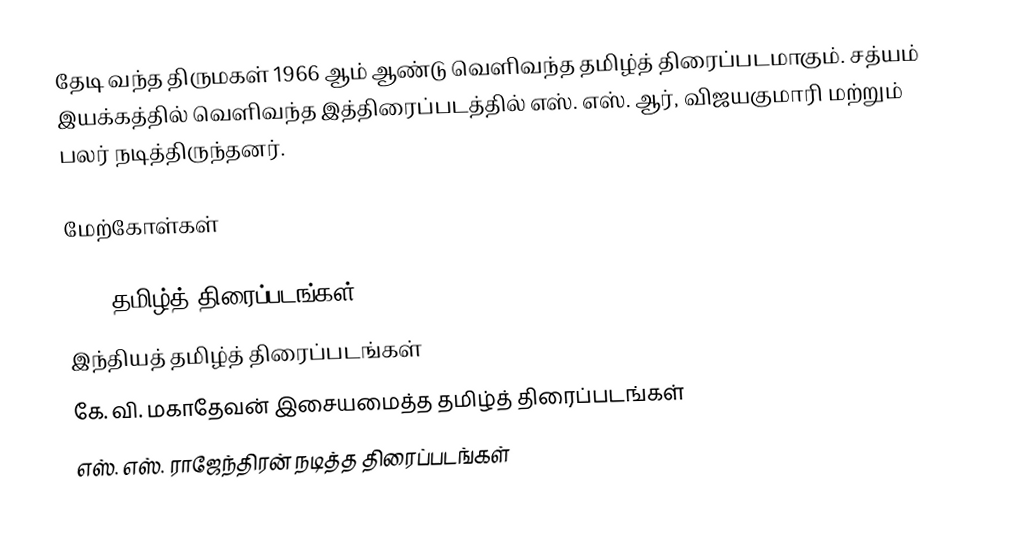
தேடி வந்த திருமகள் 1966 ஆம் ஆண்டு வெளிவந்த தமிழ்த் திரைப்படமாகும். சத்யம் இயக்கத்தில் வெளிவந்த இத்திரைப்படத்தில் எஸ். எஸ். ஆர், விஜயகுமாரி மற்றும் பலர் நடித்திருந்தனர்.

மேற்கோள்கள்

1966 தமிழ்த் திரைப்படங்கள்
இந்தியத் தமிழ்த் திரைப்படங்கள்
கே. வி. மகாதேவன் இசையமைத்த தமிழ்த் திரைப்படங்கள்
எஸ். எஸ். ராஜேந்திரன் நடித்த திரைப்படங்கள்